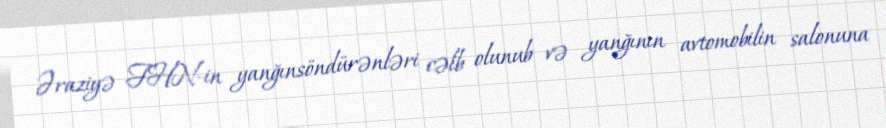
Əraziyə FHN-in yanğınsöndürənləri cəlb olunub və yanğının avtomobilin salonuna